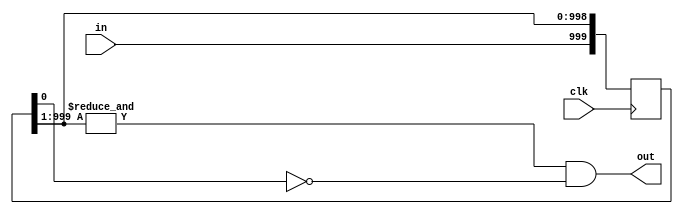
`timescale 1ns / 1ps
//////////////////////////////////////////////////////////////////////////////////
// Company: 
// Engineer: 
// 
// Design Name: 
// Module Name: button
// Project Name: 
// Target Devices: 
// Tool Versions: 
// Description: 
// 
// Dependencies: 
// 
// Revision:
// Revision 0.01 - File Created
// Additional Comments:
// 
//////////////////////////////////////////////////////////////////////////////////


module button(
    input clk,
    input in,
    output out
    );
    
    localparam N = 1000;
    
    reg [N - 1:0] Q_reg, Q_next;
    
    always @(posedge clk)
    begin
        Q_reg <= Q_next;
    end
    
    // Next state logic
    always @(Q_reg, in)
    begin
        // Right shift
        Q_next = {in, Q_reg[N - 1:1]};
    end
    
    // Output logic
    assign out = (&Q_reg[N - 1:1]) & ~Q_reg[0];
endmodule